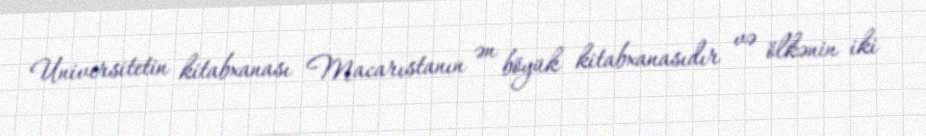
Universitetin kitabxanası Macarıstanın ən böyük kitabxanasıdır və ölkənin iki